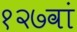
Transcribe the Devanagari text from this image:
१२७वां